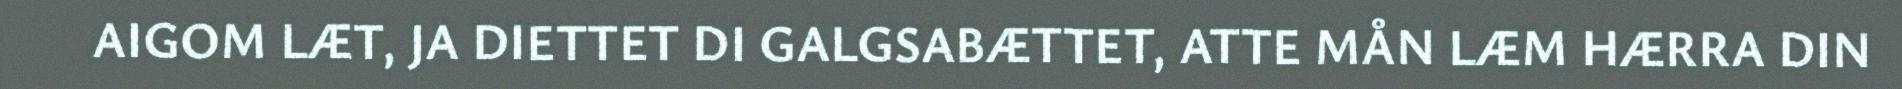
AIGOM LÆT, JA DIETTET DI GALGSABÆTTET, ATTE MÅN LÆM HÆRRA DIN